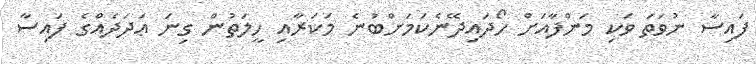
ފައިސާ ނުވަތަ ވަކި މަންފާއަށް ހޯދައިދޭނެކަމަށްބުނެ މަކަރާއި ހީލަތުން ގިނަ ޢަދަދެއްގެ ފައިސާ